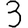
Digit: 3